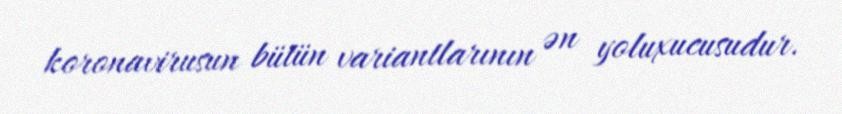
koronavirusun bütün variantlarının ən yoluxucusudur.